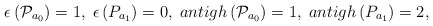
\begin{align*}\epsilon \left( {\cal P}_{a_0}\right) =1,\;\epsilon \left( P_{a_1}\right)=0,\;antigh\left( {\cal P}_{a_0}\right) =1,\;antigh\left( P_{a_1}\right) =2,\end{align*}